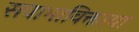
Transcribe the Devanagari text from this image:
सवाभाविक्ताया